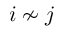
i \not \sim j